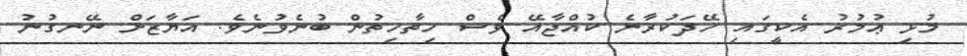
މުޅި ޢުމުރު އެކީގައި ހޭދަކުރާނެ ކުއްޖާއޭ ވެސް ހިތާހިތުން ބުނެވުނެވެ. އަޔާޒަށް ނޭނގުނު